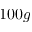
1 0 0 g